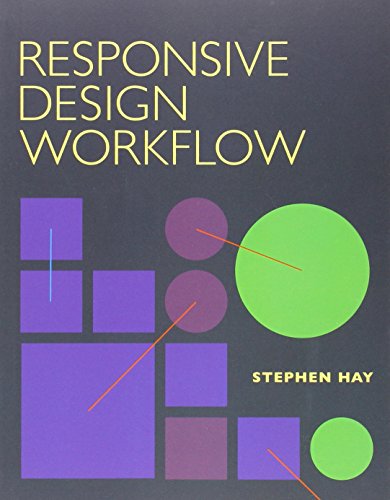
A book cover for Responsive Design Workflow; Stephen Hay; Computers & Technology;